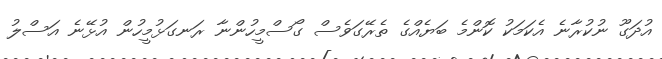
އުދަގޫ ނުކުރާނެ އެކަމަކު ކޮންމެ ބަޔެއްގެ ތެރޭގަވެސް ގޯސްމީހުންނާ ރަނގަޅުމީހުން އުޅޭނެ އަސްލު